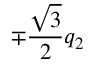
\mp \frac { \sqrt { 3 } } { 2 } q _ { 2 }